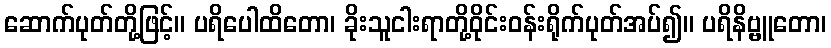
ဆောက်ပုတ်တို့ဖြင့်။ ပရိပေါထိတော၊ ခိုးသူငါးရာတို့ဝိုင်းဝန်းရိုက်ပုတ်အပ်၍။ ပရိနိဗ္ဗူတော၊